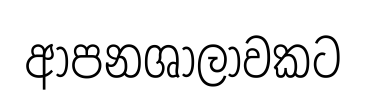
ආපනශාලාවකට